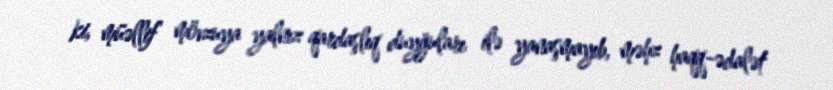
ki, müəllif mövzuya yalnız qardaşlıq duyğuları ilə yanaşmayıb, məhz haqq-ədalət